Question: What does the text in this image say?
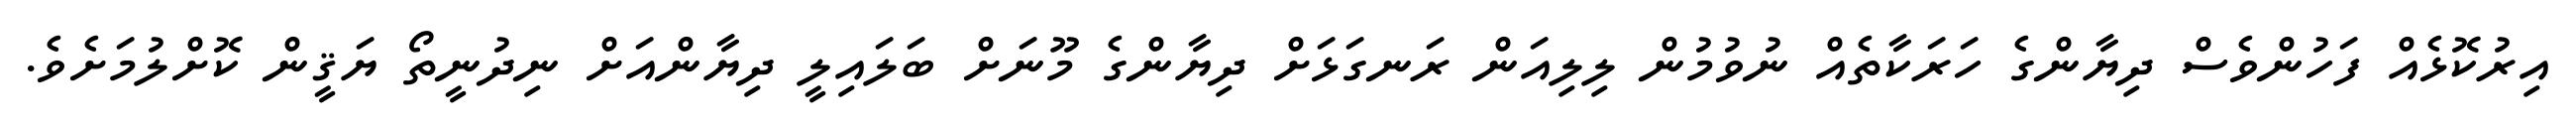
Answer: އިރުކޮޅެއް ފަހުންވެސް ދިޔާންގެ ހަރަކާތެއް ނުވުމުން ލިލިއަން ރަނގަޅަށް ދިޔާންގެ މޫނަށް ބަލައިލީ ދިޔާންއަށް ނިދުނީތޯ ޔަޤީން ކޮށްލުމަށެވެ.